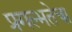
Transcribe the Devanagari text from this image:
प्रगल्‍भतेचा